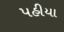
પહીયા